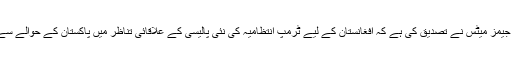
امریکی سیکریٹری آف اسٹیٹ جیمز میٹس نے تصدیق کی ہے کہ افغانستان کے لیے ٹرمپ انتظامیہ کی نئی پالیسی کے علاقائی تناظر میں پاکستان کے حوالے سے حکمت عملی بھی شامل ہے۔